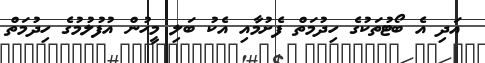
އަދި އެ ބޯޓުތަކުގެ ހިދުމަތް ފެށުމާއި އެކު ބަލި މީހުން އުފުލުމުގެ ހިދުމަތް